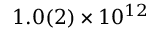
1 . 0 ( 2 ) \times 1 0 ^ { 1 2 }